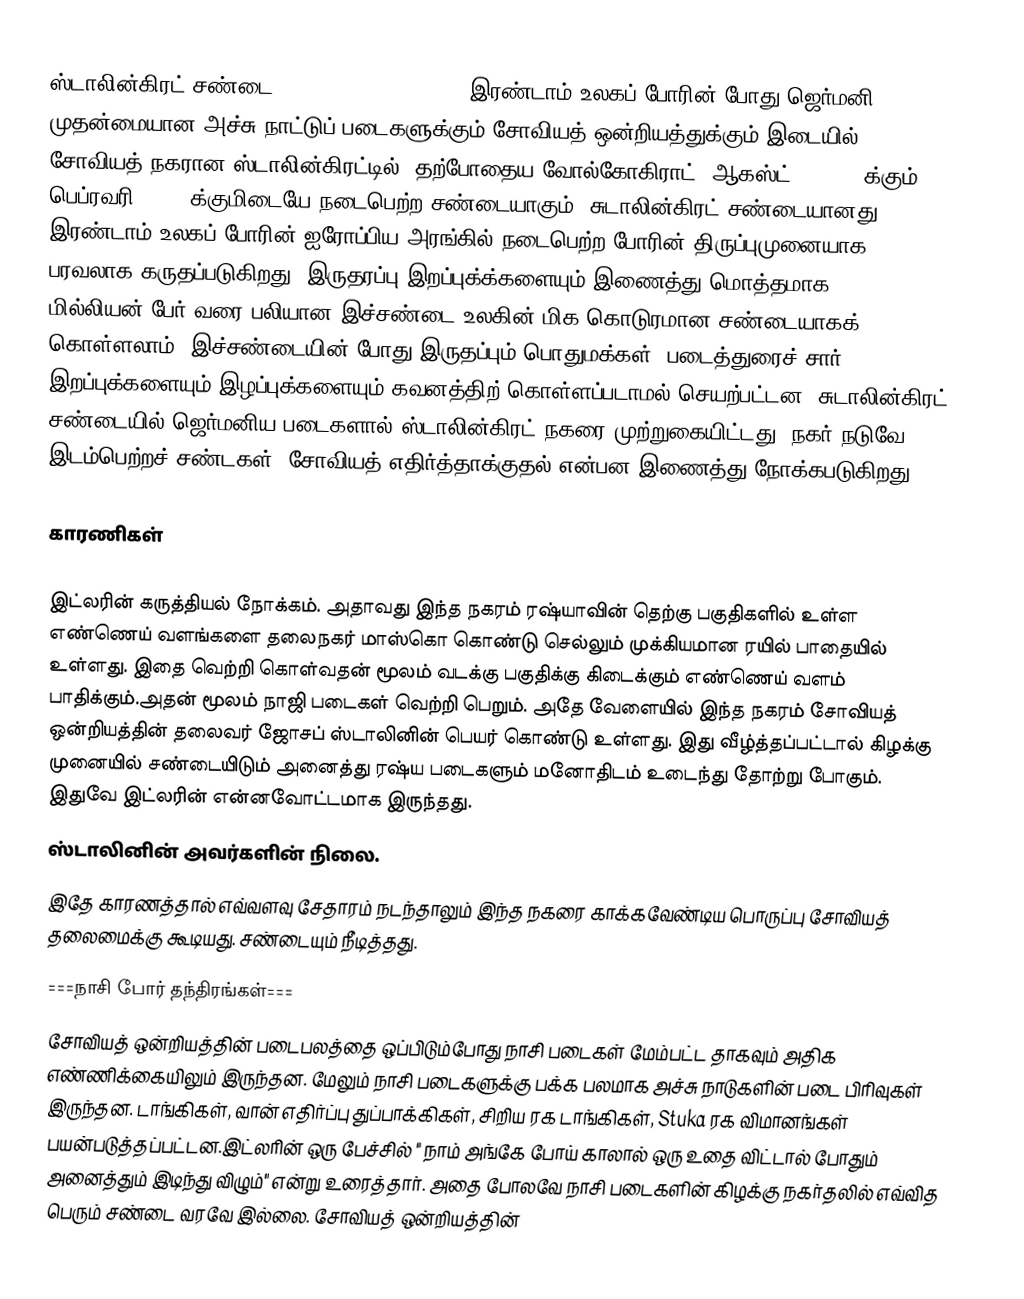
ஸ்டாலின்கிரட் சண்டை (Battle of Stalingrad) இரண்டாம் உலகப் போரின் போது  ஜெர்மனி முதன்மையான அச்சு நாட்டுப் படைகளுக்கும் சோவியத் ஒன்றியத்துக்கும் இடையில் சோவியத் நகரான ஸ்டாலின்கிரட்டில் (தற்போதைய வோல்கோகிராட்)  ஆகஸ்ட் 21 1942 க்கும் பெப்ரவரி 2 1943க்குமிடையே நடைபெற்ற சண்டையாகும். சுடாலின்கிரட் சண்டையானது இரண்டாம் உலகப் போரின் ஐரோப்பிய அரங்கில் நடைபெற்ற போரின் திருப்புமுனையாக பரவலாக கருதப்படுகிறது. இருதரப்பு இறப்புக்க்களையும் இணைத்து மொத்தமாக 1.5 மில்லியன் பேர் வரை பலியான இச்சண்டை உலகின் மிக கொடுரமான சண்டையாகக் கொள்ளலாம். இச்சண்டையின் போது இருதப்பும்  பொதுமக்கள், படைத்துரைச் சார் இறப்புக்களையும் இழப்புக்களையும் கவனத்திற் கொள்ளப்படாமல் செயற்பட்டன. சுடாலின்கிரட் சண்டையில் ஜெர்மனிய படைகளால் ஸ்டாலின்கிரட் நகரை முற்றுகையிட்டது, நகர் நடுவே இடம்பெற்றச் சண்டகள், சோவியத் எதிர்த்தாக்குதல் என்பன இணைத்து நோக்கபடுகிறது.

காரணிகள்

இட்லரின் கருத்தியல் நோக்கம். அதாவது இந்த நகரம் ரஷ்யாவின் தெற்கு பகுதிகளில் உள்ள எண்ணெய் வளங்களை தலைநகர் மாஸ்கொ கொண்டு செல்லும் முக்கியமான ரயில் பாதையில் உள்ளது. இதை வெற்றி கொள்வதன் மூலம் வடக்கு பகுதிக்கு கிடைக்கும் எண்ணெய் வளம் பாதிக்கும்.அதன் மூலம் நாஜி படைகள் வெற்றி பெறும். அதே வேளையில் இந்த நகரம் சோவியத் ஒன்றியத்தின் தலைவர் ஜோசப் ஸ்டாலினின் பெயர் கொண்டு உள்ளது. இது வீழ்த்தப்பட்டால் கிழக்கு முனையில் சண்டையிடும் அனைத்து ரஷ்ய படைகளும் மனோதிடம் உடைந்து தோற்று போகும். இதுவே இட்லரின் என்னவோட்டமாக இருந்தது.
ஸ்டாலினின் அவர்களின் நிலை.
இதே காரணத்தால் எவ்வளவு சேதாரம் நடந்தாலும் இந்த நகரை காக்கவேண்டிய பொருப்பு  சோவியத் தலைமைக்கு கூடியது. சண்டையும் நீடித்தது.
===நாசி போர் தந்திரங்கள்===
சோவியத் ஒன்றியத்தின் படைபலத்தை ஒப்பிடும்போது நாசி படைகள் மேம்பட்ட தாகவும் அதிக எண்ணிக்கையிலும் இருந்தன. மேலும் நாசி படைகளுக்கு பக்க பலமாக அச்சு நாடுகளின் படை பிரிவுகள் இருந்தன. டாங்கிகள், வான் எதிர்ப்பு துப்பாக்கிகள், சிறிய ரக டாங்கிகள், Stuka ரக விமானங்கள் பயன்படுத்தப்பட்டன.இட்லரின் ஒரு பேச்சில் " நாம் அங்கே போய் காலால் ஒரு உதை விட்டால் போதும் அனைத்தும் இடிந்து விழும்" என்று உரைத்தார். அதை போலவே நாசி படைகளின் கிழக்கு நகர்தலில் எவ்வித பெரும் சண்டை வரவே இல்லை. சோவியத் ஒன்றியத்தின்